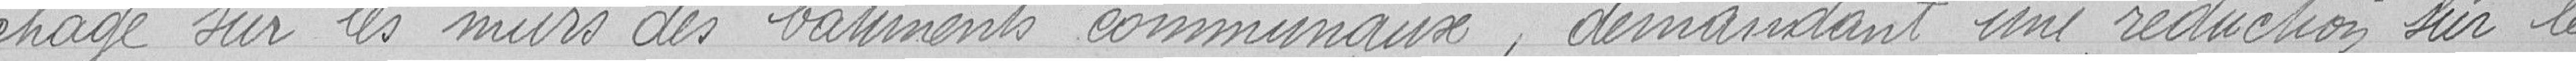
chage sur les murs des bâtiments communaux, demandant une réduction sur le